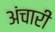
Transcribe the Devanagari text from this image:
अंचारी